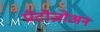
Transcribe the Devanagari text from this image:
प्रोटोज़ोअन